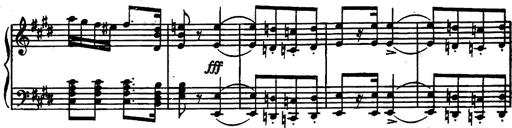
Title: Magyar rapszÃ³diÃ¡k
Composer: Franz Liszt